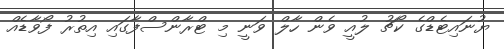
ޔުނައިޓެޑްގެ ކޯޗު ލުއީ ވެން ހާލް ވަނީ މި ޓްރާންސްފާގައި އިތުރު ފޯވާޑެއް